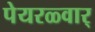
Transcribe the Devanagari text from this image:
पेयरळ्वार्